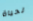
لحياة